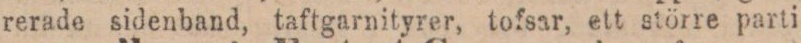
rerade sidenband, taftgarnityrer, tofsar, ett större parti